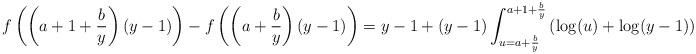
LaTeX: \begin{align*}f\left(\left(a+1+\frac{b}{y}\right)(y-1)\right)-f\left(\left(a+\frac{b}{y}\right)(y-1)\right)&= y-1+(y-1)\int_{u=a+\frac by}^{a+1+\frac by} \left(\log(u)+\log(y-1)\right) \d u.\end{align*}